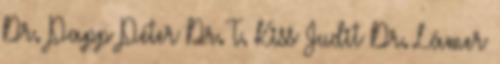
Dr. Papp Péter Dr. T. Kiss Judit Dr. Lámer